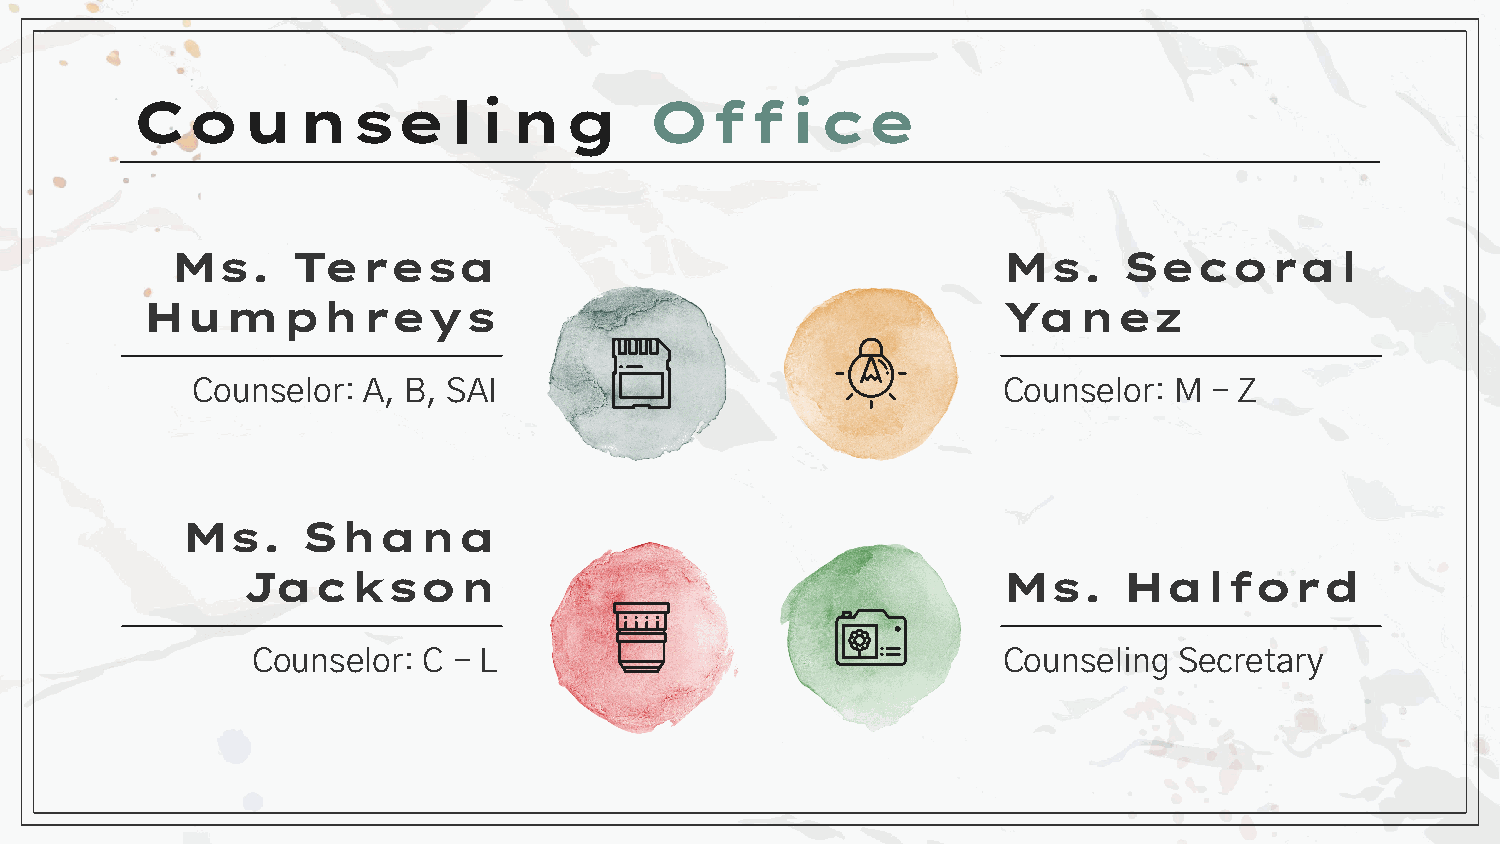
Counseling                        Office
 Ms.     Teresa                                         Ms.     Secoral
 Humphreys                                                Yanez
 Counselor: A, B, SAI                                 Counselor:  M - Z
 Ms.     Shana
 Jackson                                           Ms.     Halford
 Counselor: C - L                                 Counseling  Secretary